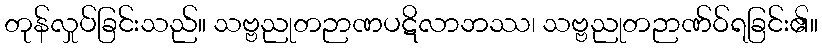
တုန်လှုပ်ခြင်းသည်။ သဗ္ဗညုတဉာဏပဋိလာဘဿ၊ သဗ္ဗညုတဉာဏ်ဝ်ရခြင်း၏။